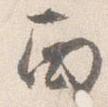
西